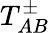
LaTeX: T_{AB}^{\pm}